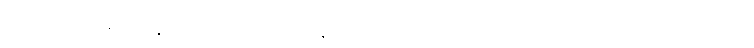
ပရေသံ၊ တို့၏။ ခန္ဓာဒိ ပစ္စဝက္ခဏေ၊ ခန္ဓာအစရှိသည်တို့ကို ဆင်ခြင်ရာအခါ၌ လည်းကောင်း။